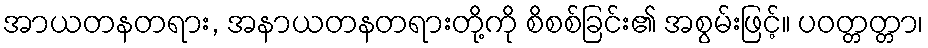
အာယတနတရား, အနာယတနတရားတို့ကို စိစစ်ခြင်း၏ အစွမ်းဖြင့်။ ပဝတ္တတ္တာ၊